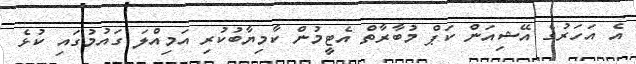
އެ އަހަރުގެ އޭޝިއަން ކަޕް މުބާރާތް އެޓީމުން ކާމިޔާބުކުރި އަމިއްލަ ގައުމުގައި ކުޅެ